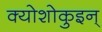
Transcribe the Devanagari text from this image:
क्योशोकुइन्